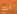
أنك